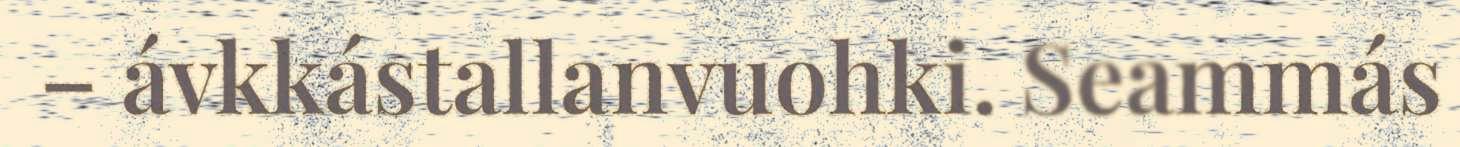
– ávkkástallanvuohki. Seammás